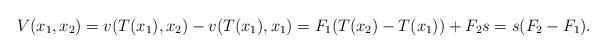
LaTeX: \begin{align*}V(x_{1},x_{2})=v(T(x_{1}),x_{2})-v(T(x_{1}),x_{1})=F_{1}(T(x_{2})-T(x_{1}))+F_{2}s=s(F_{2}-F_{1}).\end{align*}